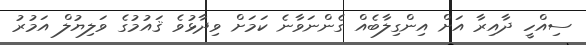
ސިއްހީ ދާއިރާ އަށް އިންގިލާބެއް ގެންނަވާނެ ކަމަށް ވިދާޅުވެ ޤައުމުގެ ވަލިޔުލް އަމުރު